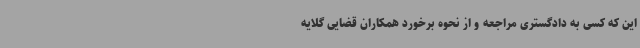
این که کسی به دادگستری مراجعه و از نحوه برخورد همکاران قضایی گلایه